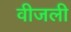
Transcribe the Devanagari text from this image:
वीजली